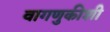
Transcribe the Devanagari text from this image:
वागणुकीशी